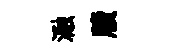
瀜牘